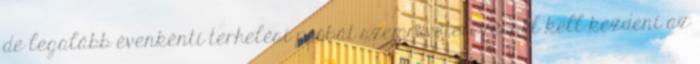
de legalább évenkénti terhelési próbát szemrevételezéssel kell kezdeni az